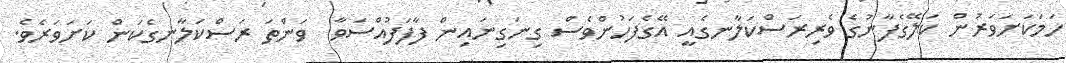
ހަމަކަށަވަރުން ކަލޭގެފާނުގެ ވެރިރަސްކަލާނގެއީ އޭގެފަހުންވެސް ގިނަގިނައިން ފާފަފުއްސަވާ  ވަންތަ ރަސްކަލާނގެކަން ކަށަވަރެވެ.